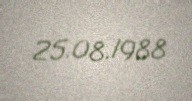
25.08.1988